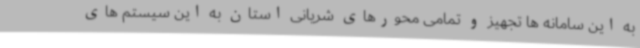
به این سامانه ها تجهیز و تمامی محورهای شریانی استان به این سیستم های